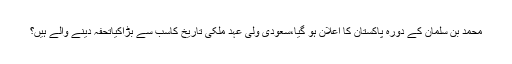
محمد بن سلمان کے دورہ پاکستان کا اعلان ہو گیا،سعودی ولی عہد ملکی تاریخ کاسب سے بڑاکیاتحفہ دینے والے ہیں؟